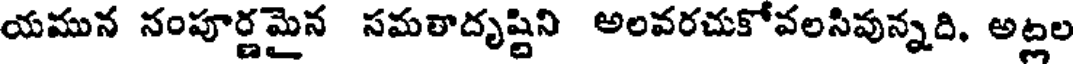
యమున నంపూర్ణమైన సమతాదృష్టిని అలవరచుకోవలసివున్నది, అట్లల